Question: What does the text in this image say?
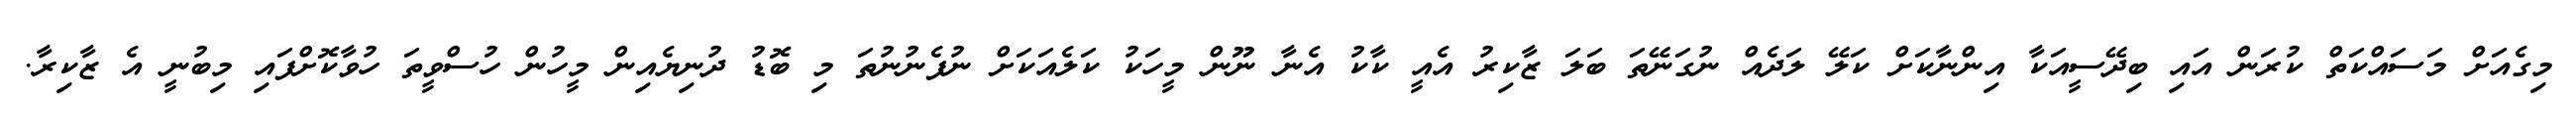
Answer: މިގެއަށް މަސައްކަތް ކުރަން އައި ބިދޭސީއަކާ އިންނާކަށް ކަލޭ ލަދެއް ނުގަނޭތަ ބަލަ ޒާކިރު އެއީ ކާކު އެނާ ނޫން މީހަކު ކަލެއަކަށް ނުފެނުނުތަ މި ބޮޑު ދުނިޔެއިން މީހުން ހުސްވީތަ ހުވާކޮށްފައި މިބުނީ އެ ޒާކިރާ.